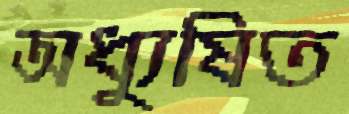
অধ্যুষিত